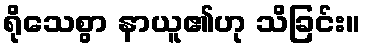
ရိုသေစွာ နာယူ၏ဟု သိခြင်း။